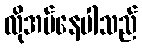
လိုအပ်နေပါသည်